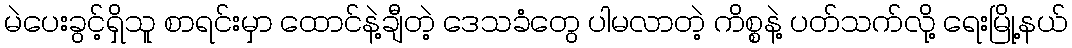
မဲပေးခွင့်ရှိသူ စာရင်းမှာ ထောင်နဲ့ချီတဲ့ ဒေသခံတွေ ပါမလာတဲ့ ကိစ္စနဲ့ ပတ်သက်လို့ ရေးမြို့နယ်